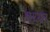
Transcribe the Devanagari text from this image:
वथ्यर